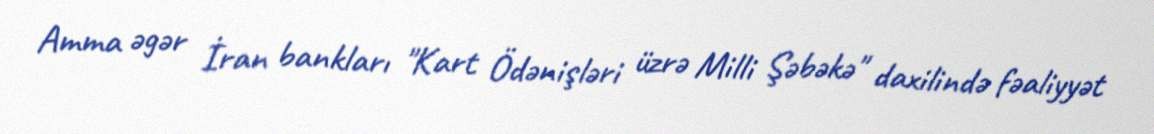
Amma əgər İran bankları "Kart Ödənişləri üzrə Milli Şəbəkə" daxilində fəaliyyət